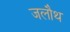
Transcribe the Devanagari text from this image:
जलौथ